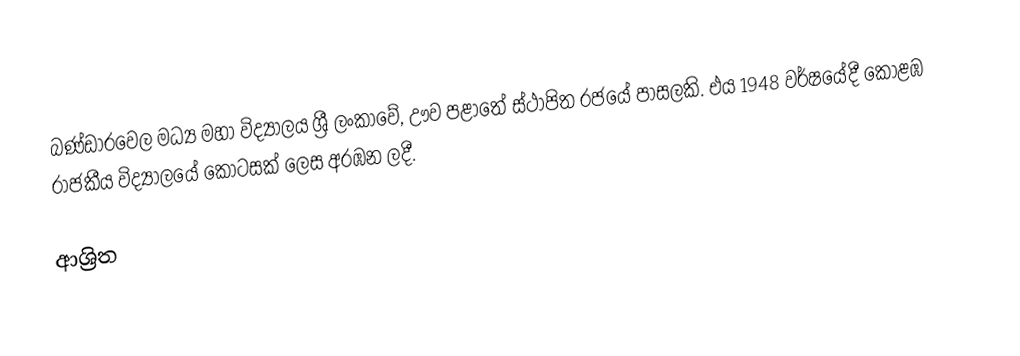
බණ්ඩාරවෙල මධ්‍ය මහා විද්‍යාලය ශ්‍රී ලංකාවේ, ඌව පළාතේ ස්ථාපිත රජයේ පාසලකි. එය 1948 වර්ෂයේදී කොළඹ රාජකීය විද්‍යාලයේ කොටසක් ලෙස අරඹන ලදී.

ආශ්‍රිත